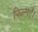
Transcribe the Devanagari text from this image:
फिल्महै।